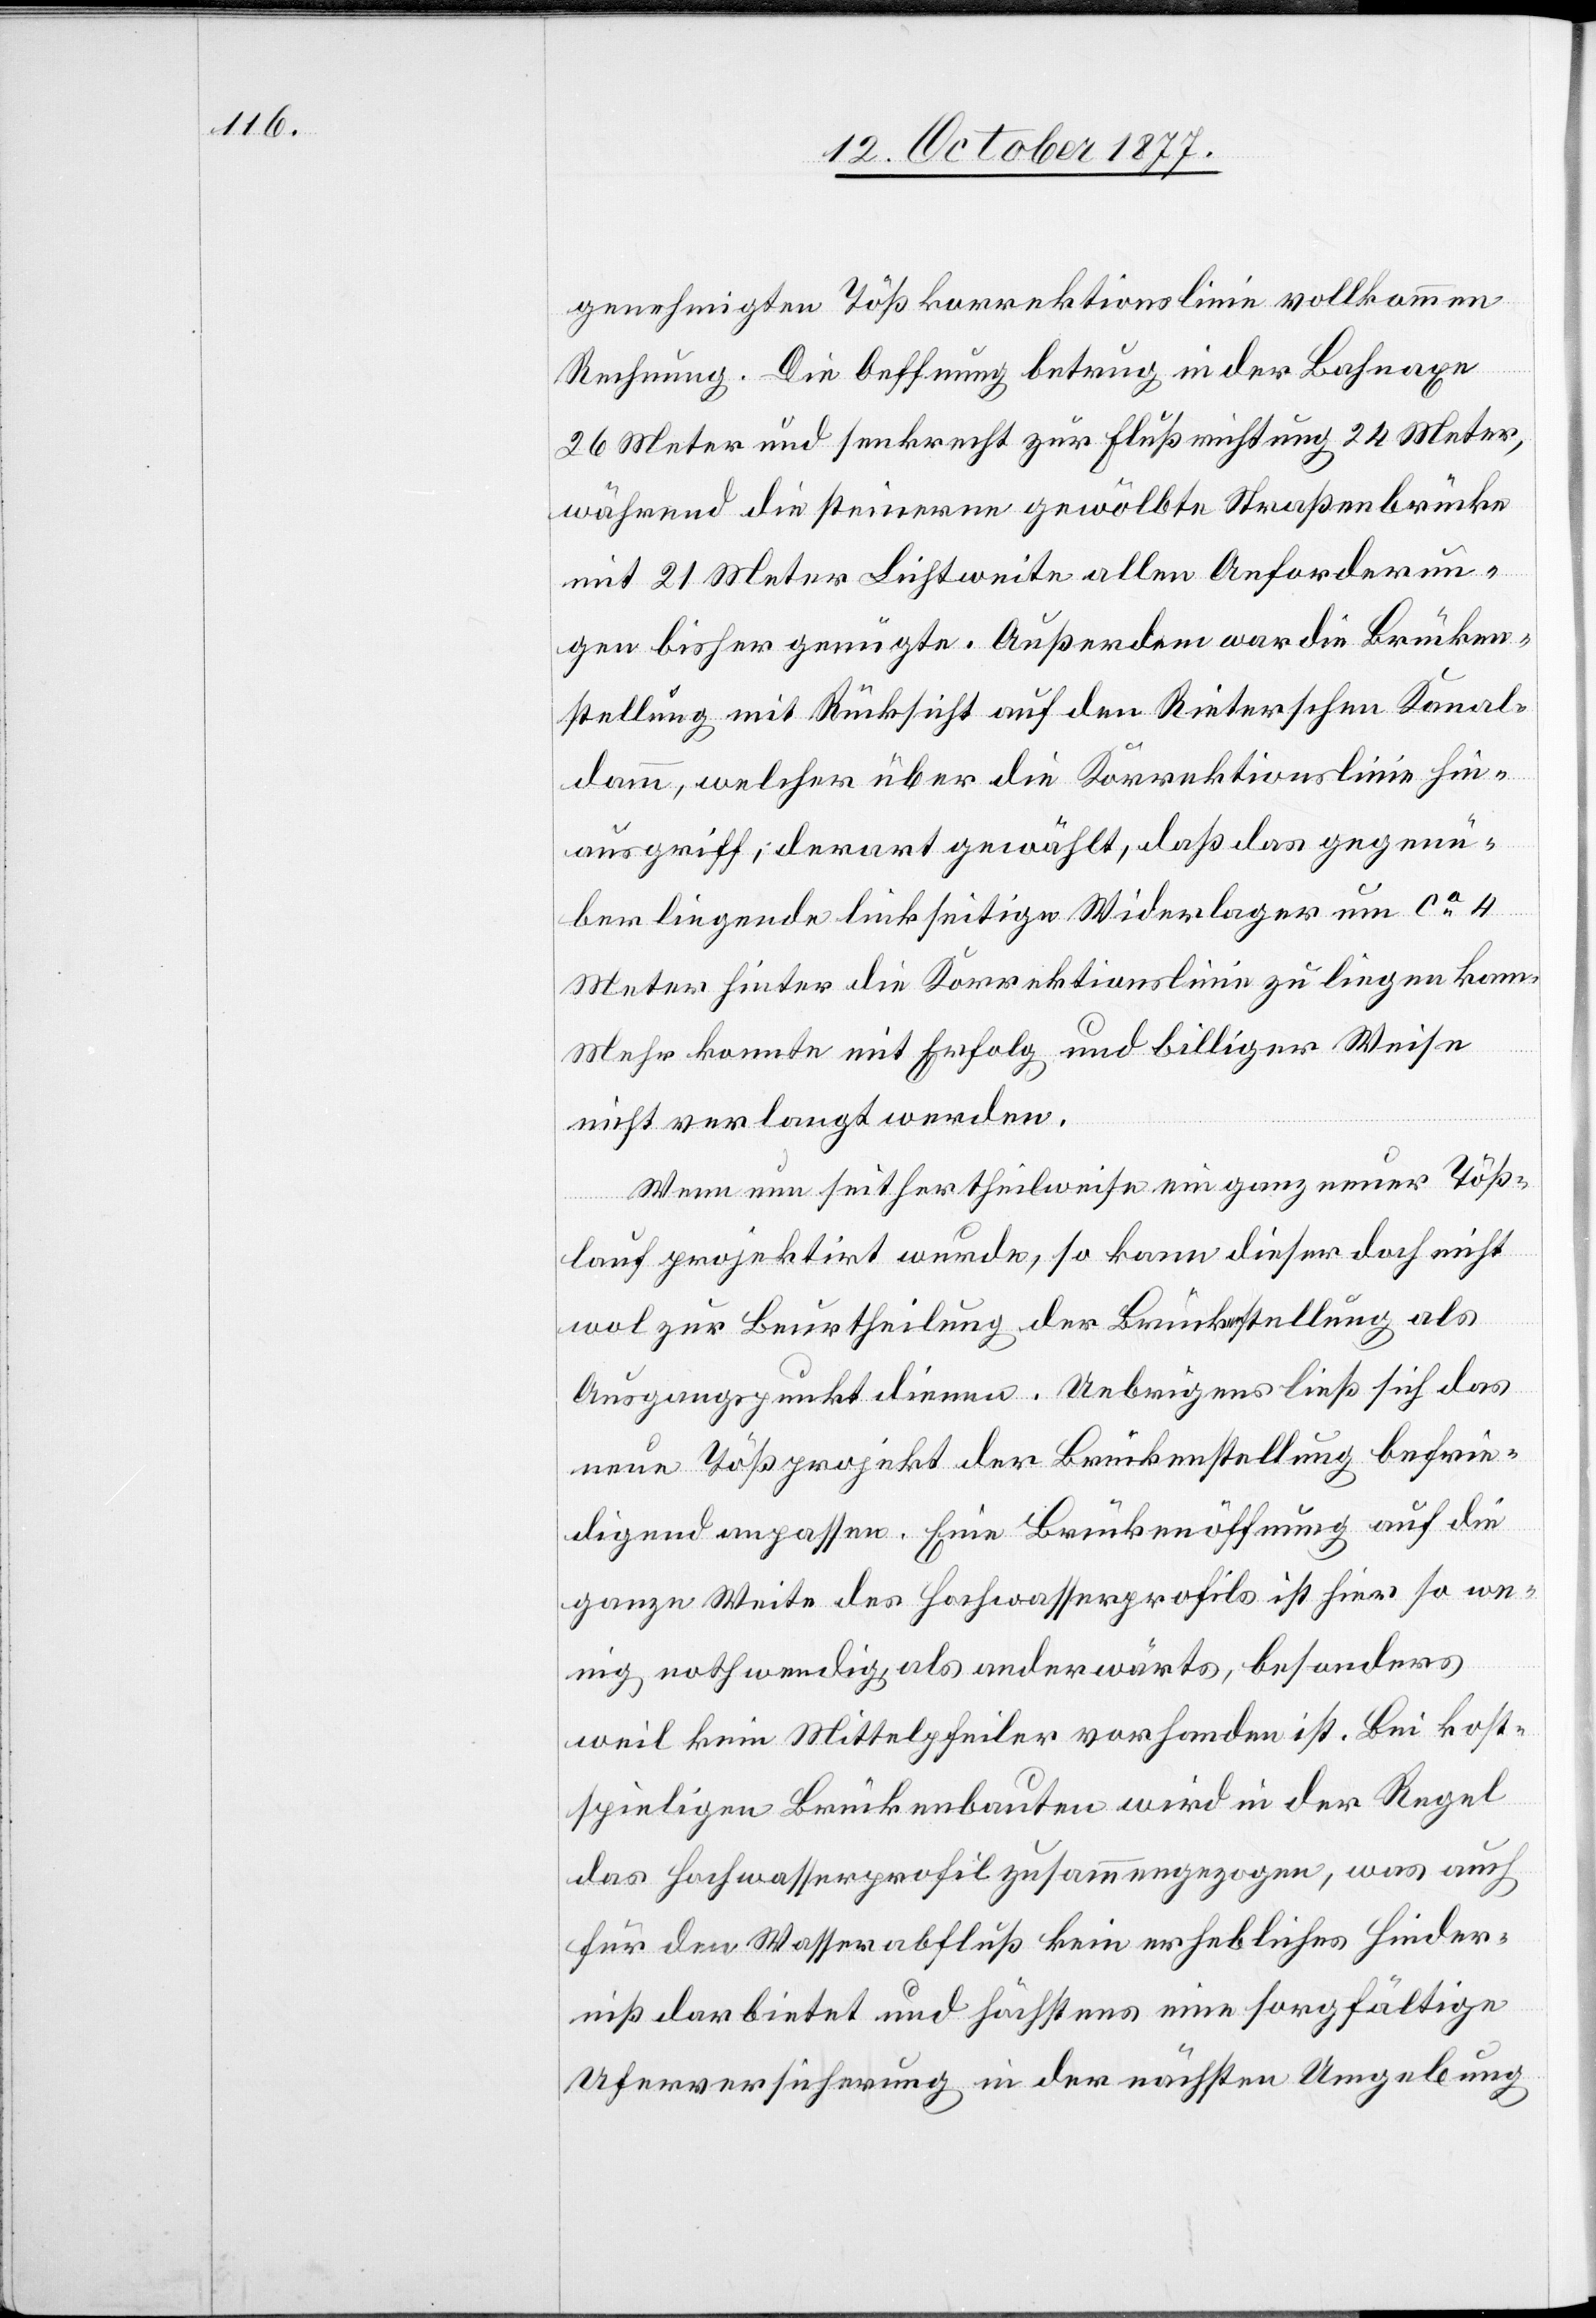
genehmigten Tößkorrektionslinie vollkommen
Rechnung. Die Oeffnung betrug in der Bahnaxe
26 Meter und senkrecht zur Flußrichtung 24 Meter,
während die steinerne gewölbte Straßenbrücke
mit 21 Meter Lichtweite allen Anforderun¬
gen bisher genügte. Außerdem war die Brücken¬
stellung mit Rücksicht auf den Rieterschen Kanal¬
damm, welcher über die Korrektionslinie hin¬
ausgriff, derart gewählt, daß das gegenü¬
ber liegende linkseitige Widerlager um ca 4
Meter hinter die Korrektionslinie zu liegen kam.
Mehr konnte mit Erfolg und billiger Weise
nicht verlangt werden.
Wenn nun seither theilweise ein ganz neuer Töß¬
lauf projektirt wurde, so kann dieser doch nicht
wol zur Beurtheilung der Brückenstellung als
Ausgangspunkt dienen. Uebrigens ließ sich das
neue Tößprojekt der Brückenstellung befrie¬
digend anpassen. Eine Brückenöffnung auf die
ganze Weite des Hochwasserprofils ist hier so we¬
nig nothwendig, als anderwärts, besonders
weil kein Mittelpfeiler vorhanden ist. Bei kost¬
spieligen Brückenbauten wird in der Regel
das Hochwasserprofil zusammengezogen, was auch
für den Wasserabfluß kein erhebliches Hinder¬
niß darbietet und höchstens eine sorgfältige
Uferversicherung in der nächsten Umgebung